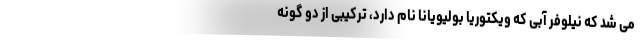
می شد که نیلوفر آبی که ویکتوریا بولیویانا نام دارد، ترکیبی از دو گونه